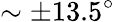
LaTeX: \sim\pm 13.5^{\circ}